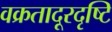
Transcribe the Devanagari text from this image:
वक्रतादूरदृष्टि